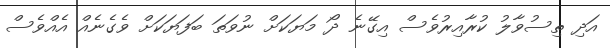
އަދި ތިސުވާލު ކުރާއިރުވެސް އިގޭނެ ދޯ މަޔަކަށް ނުވަތަ ބަފަޔަކަށް ވެގެނެއް އެއްވެސް